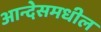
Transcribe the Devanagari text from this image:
आन्देसमधील